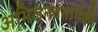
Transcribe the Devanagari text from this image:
अभिजनवर्गापैकी